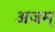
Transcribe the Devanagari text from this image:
अजम्